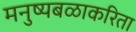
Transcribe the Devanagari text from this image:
मनुष्यबळाकरिता